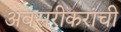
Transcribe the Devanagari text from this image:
अवसरीकरांची